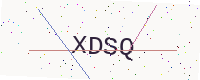
Text: XDSQ